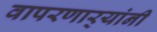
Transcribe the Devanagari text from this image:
वापरणार्‍यांनी